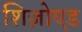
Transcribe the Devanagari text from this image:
शिज़ोएड